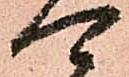
可